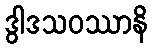
ဒွါဒသဝဿာနိ